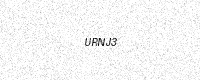
Text: URNJ3